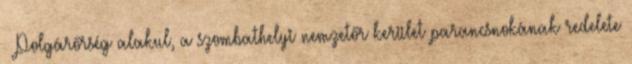
– Polgárőrség alakul, a szombathelyi nemzetőr kerület parancsnokának redelete